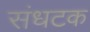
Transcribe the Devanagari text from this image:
संधटक